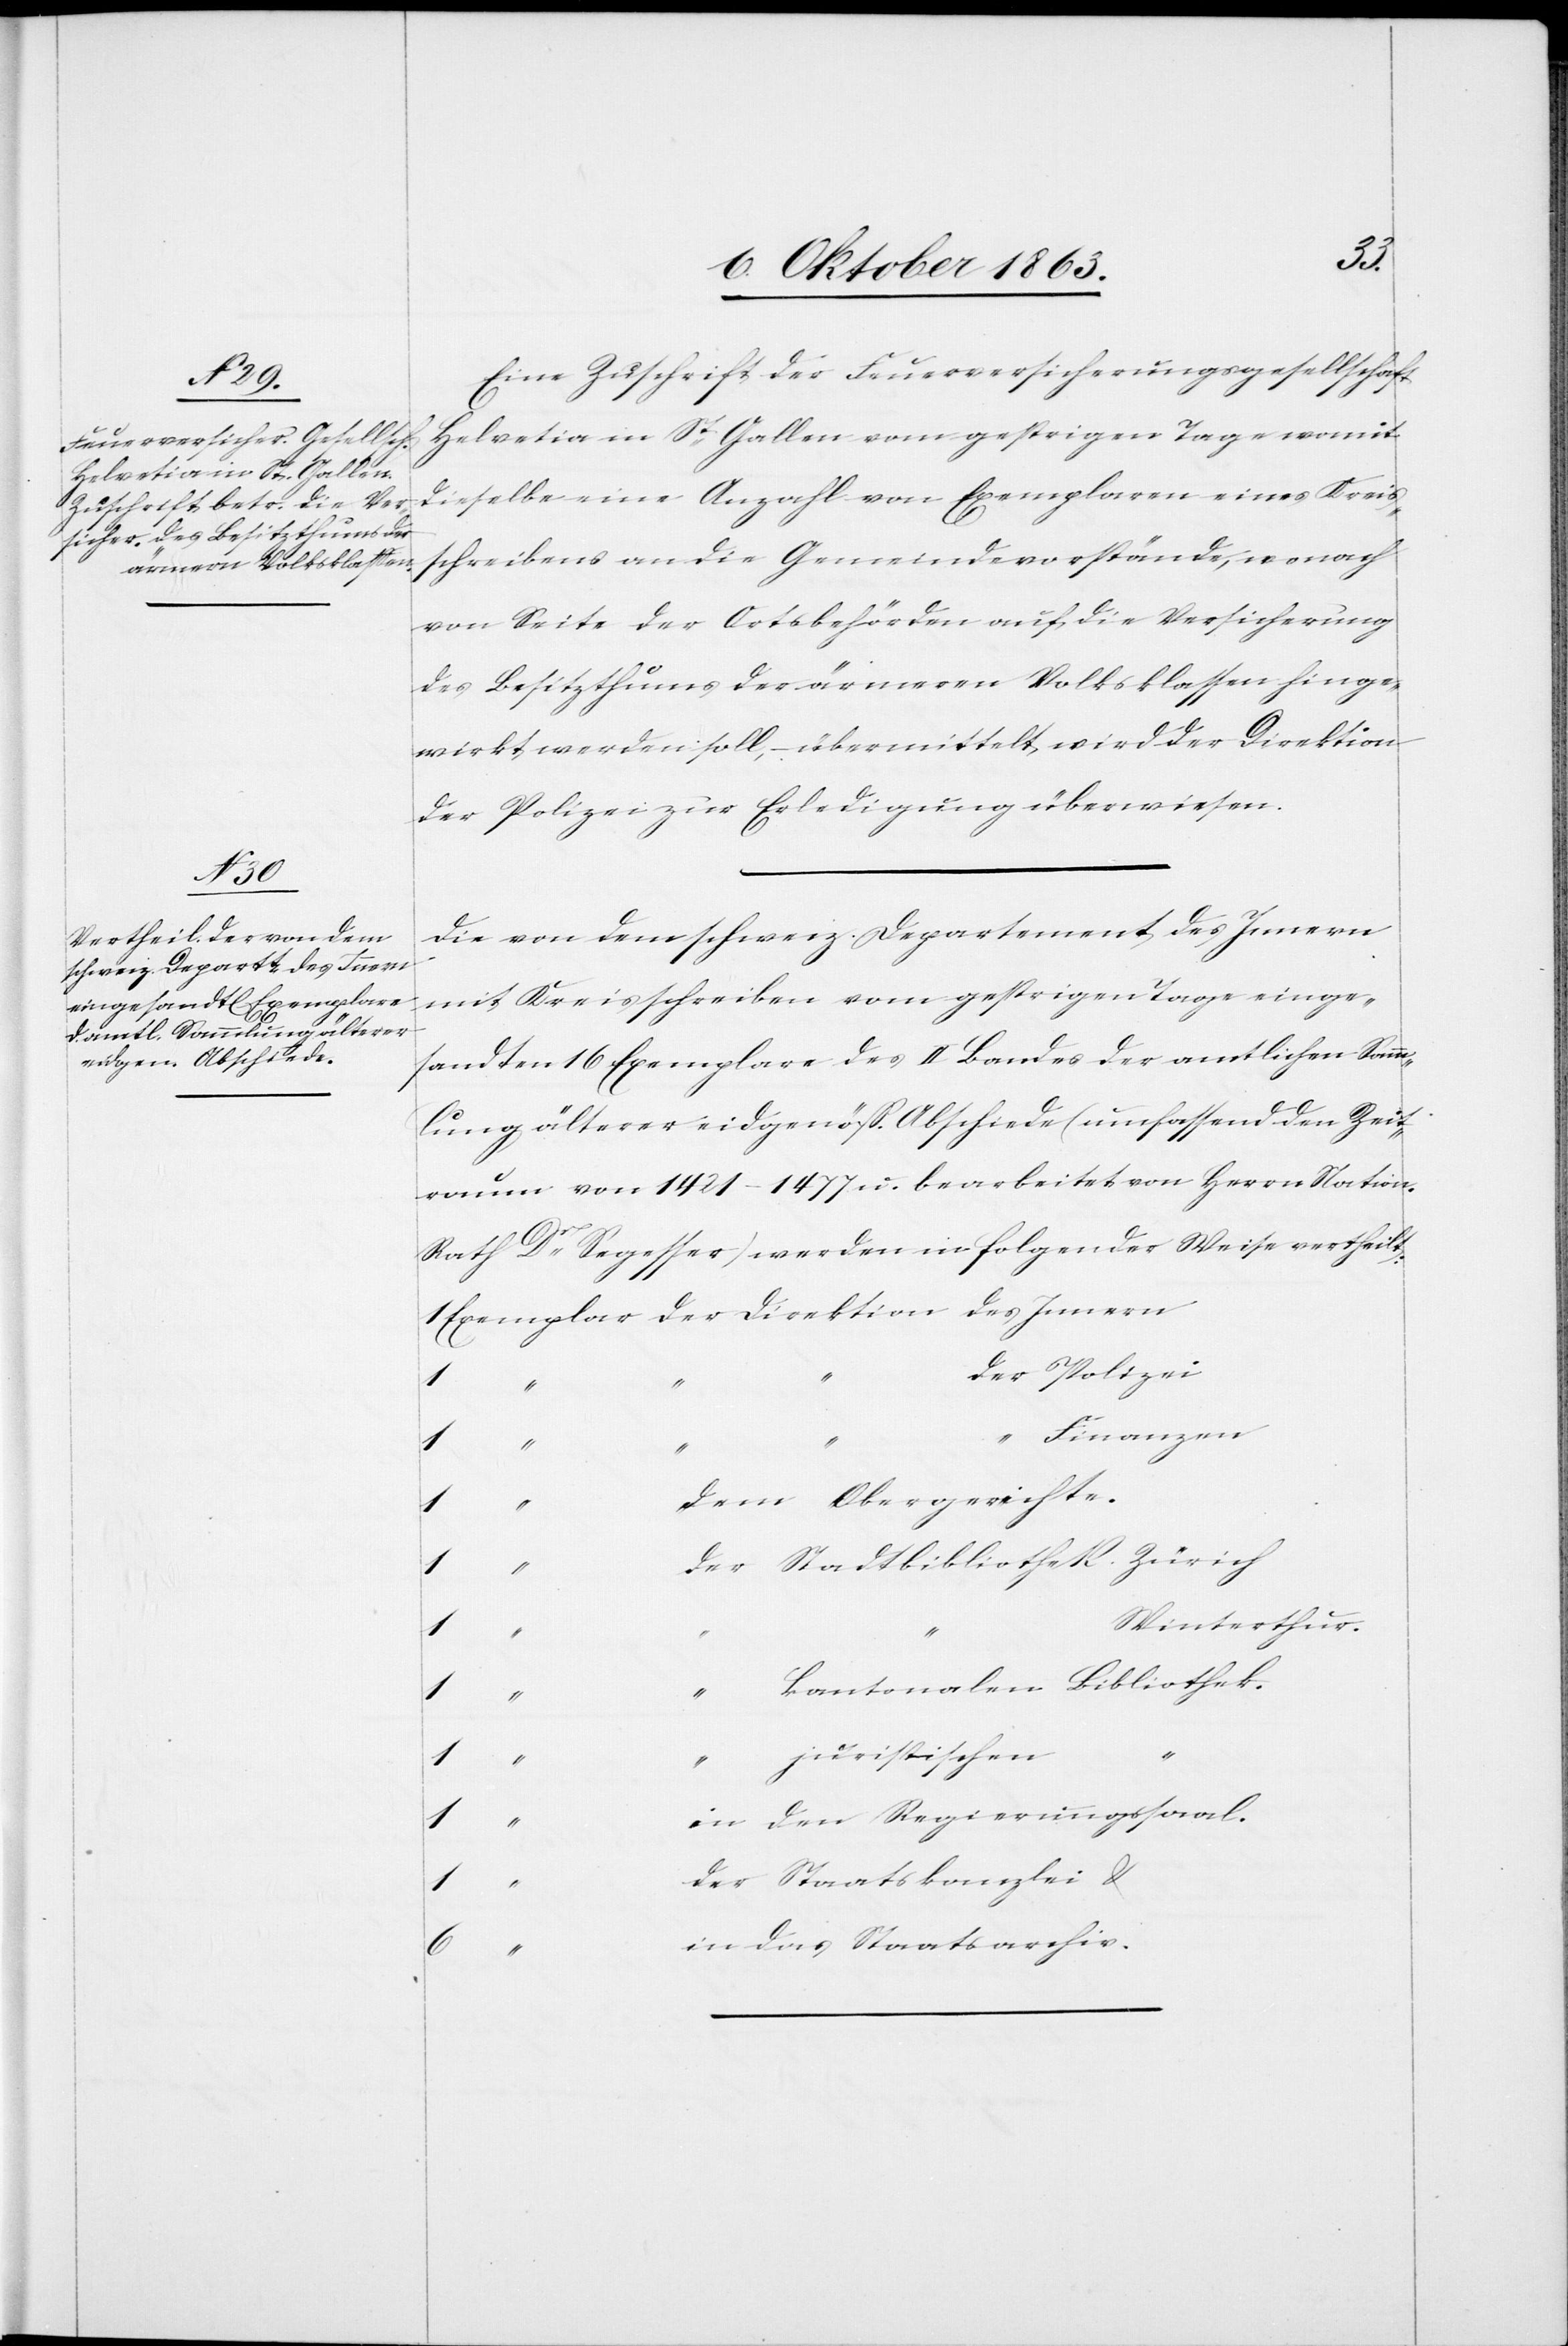
Eine Zuschrift der Feuerversicherungsgesellschaft
Helvetia in St Gallen vom gestrigen Tage womit
dieselbe eine Anzahl von Exemplaren eines Kreis¬
schreibens an die Gemeindevorstände, wonach
von Seite der Ortsbehörden auf die Versicherung
des Besitzthums der ärmeren Volkklassen hinge¬
wirkt werden soll, – übermittelt wird der Direktion
der Polizei zur Erledigung überwiesen.
Die von dem schweiz. Departement des Innern
mit Kreisschreiben vom gestrigen Tage einge¬
sandten 16 Exemplare des II Bandes der amtlichen Samm¬
lung älterer eidgenöss. Abschiede (umfassend den Zeit¬
raum von 1421–1477 u. bearbeitet von Herrn Nation.
Rath Dr Segesser) werden in folgender Weise vertheilt:
1 Exemplar der Direktion des Innern
der Polizei
dem Obergerichte.
1	“	“	k¬
der Stadtbibliothek Zürich
1
Winterthur.
antonalen Bibliothek.
in den Regierungssaal.
der Staatskanzlei &
in das Staatsarchiv.